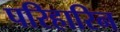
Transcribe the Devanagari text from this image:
परिहारिन